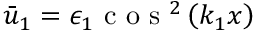
\bar { u } _ { 1 } = \epsilon _ { 1 } \mathrm { ~ c ~ o ~ s ~ } ^ { 2 } \left( k _ { 1 } x \right)